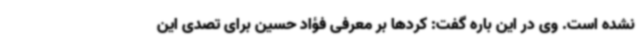
نشده است. وی در این باره گفت: کردها بر معرفی فؤاد حسین برای تصدی این